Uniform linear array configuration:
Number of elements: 24
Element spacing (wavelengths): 0.75
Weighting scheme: uniform
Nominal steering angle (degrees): -45
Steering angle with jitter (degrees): -44.331
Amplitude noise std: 0.05
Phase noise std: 0.05

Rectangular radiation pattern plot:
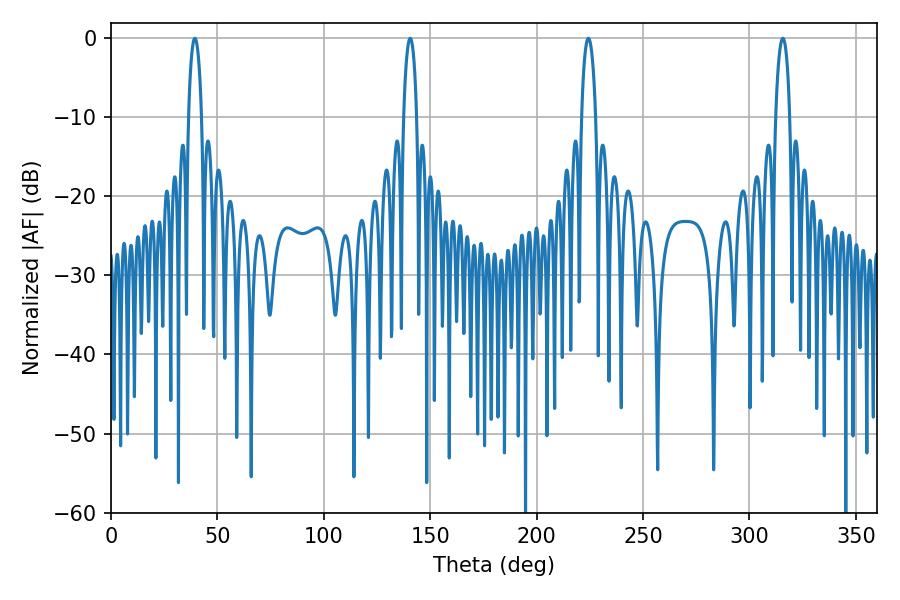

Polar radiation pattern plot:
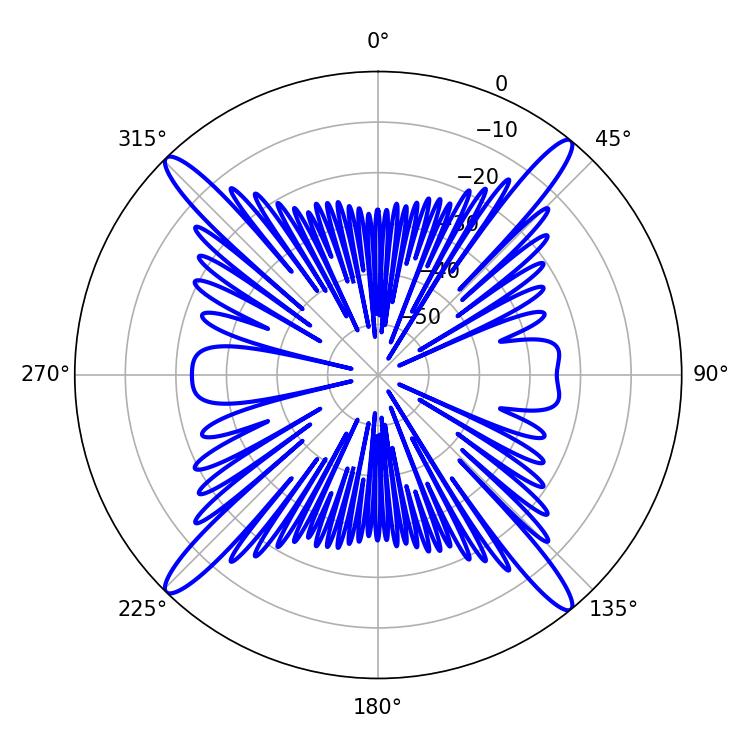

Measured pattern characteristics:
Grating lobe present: TRUE
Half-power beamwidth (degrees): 3.6
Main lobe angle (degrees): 39.42